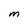
Character: M